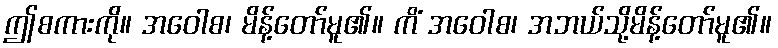
ဤစကားကို။ အဝေါစ၊ မိန့်တော်မူ၏။ ကိံ အဝေါစ၊ အဘယ်သို့မိန့်တော်မူ၏။